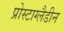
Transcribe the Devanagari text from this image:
प्रोस्टाग्लैडीन